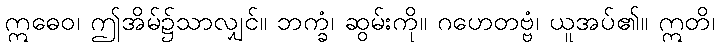
ဣဓေဝ၊ ဤအိမ်၌သာလျှင်။ ဘက္ခံ၊ ဆွမ်းကို။ ဂဟေတဗ္ဗံ၊ ယူအပ်၏။ ဣတိ၊